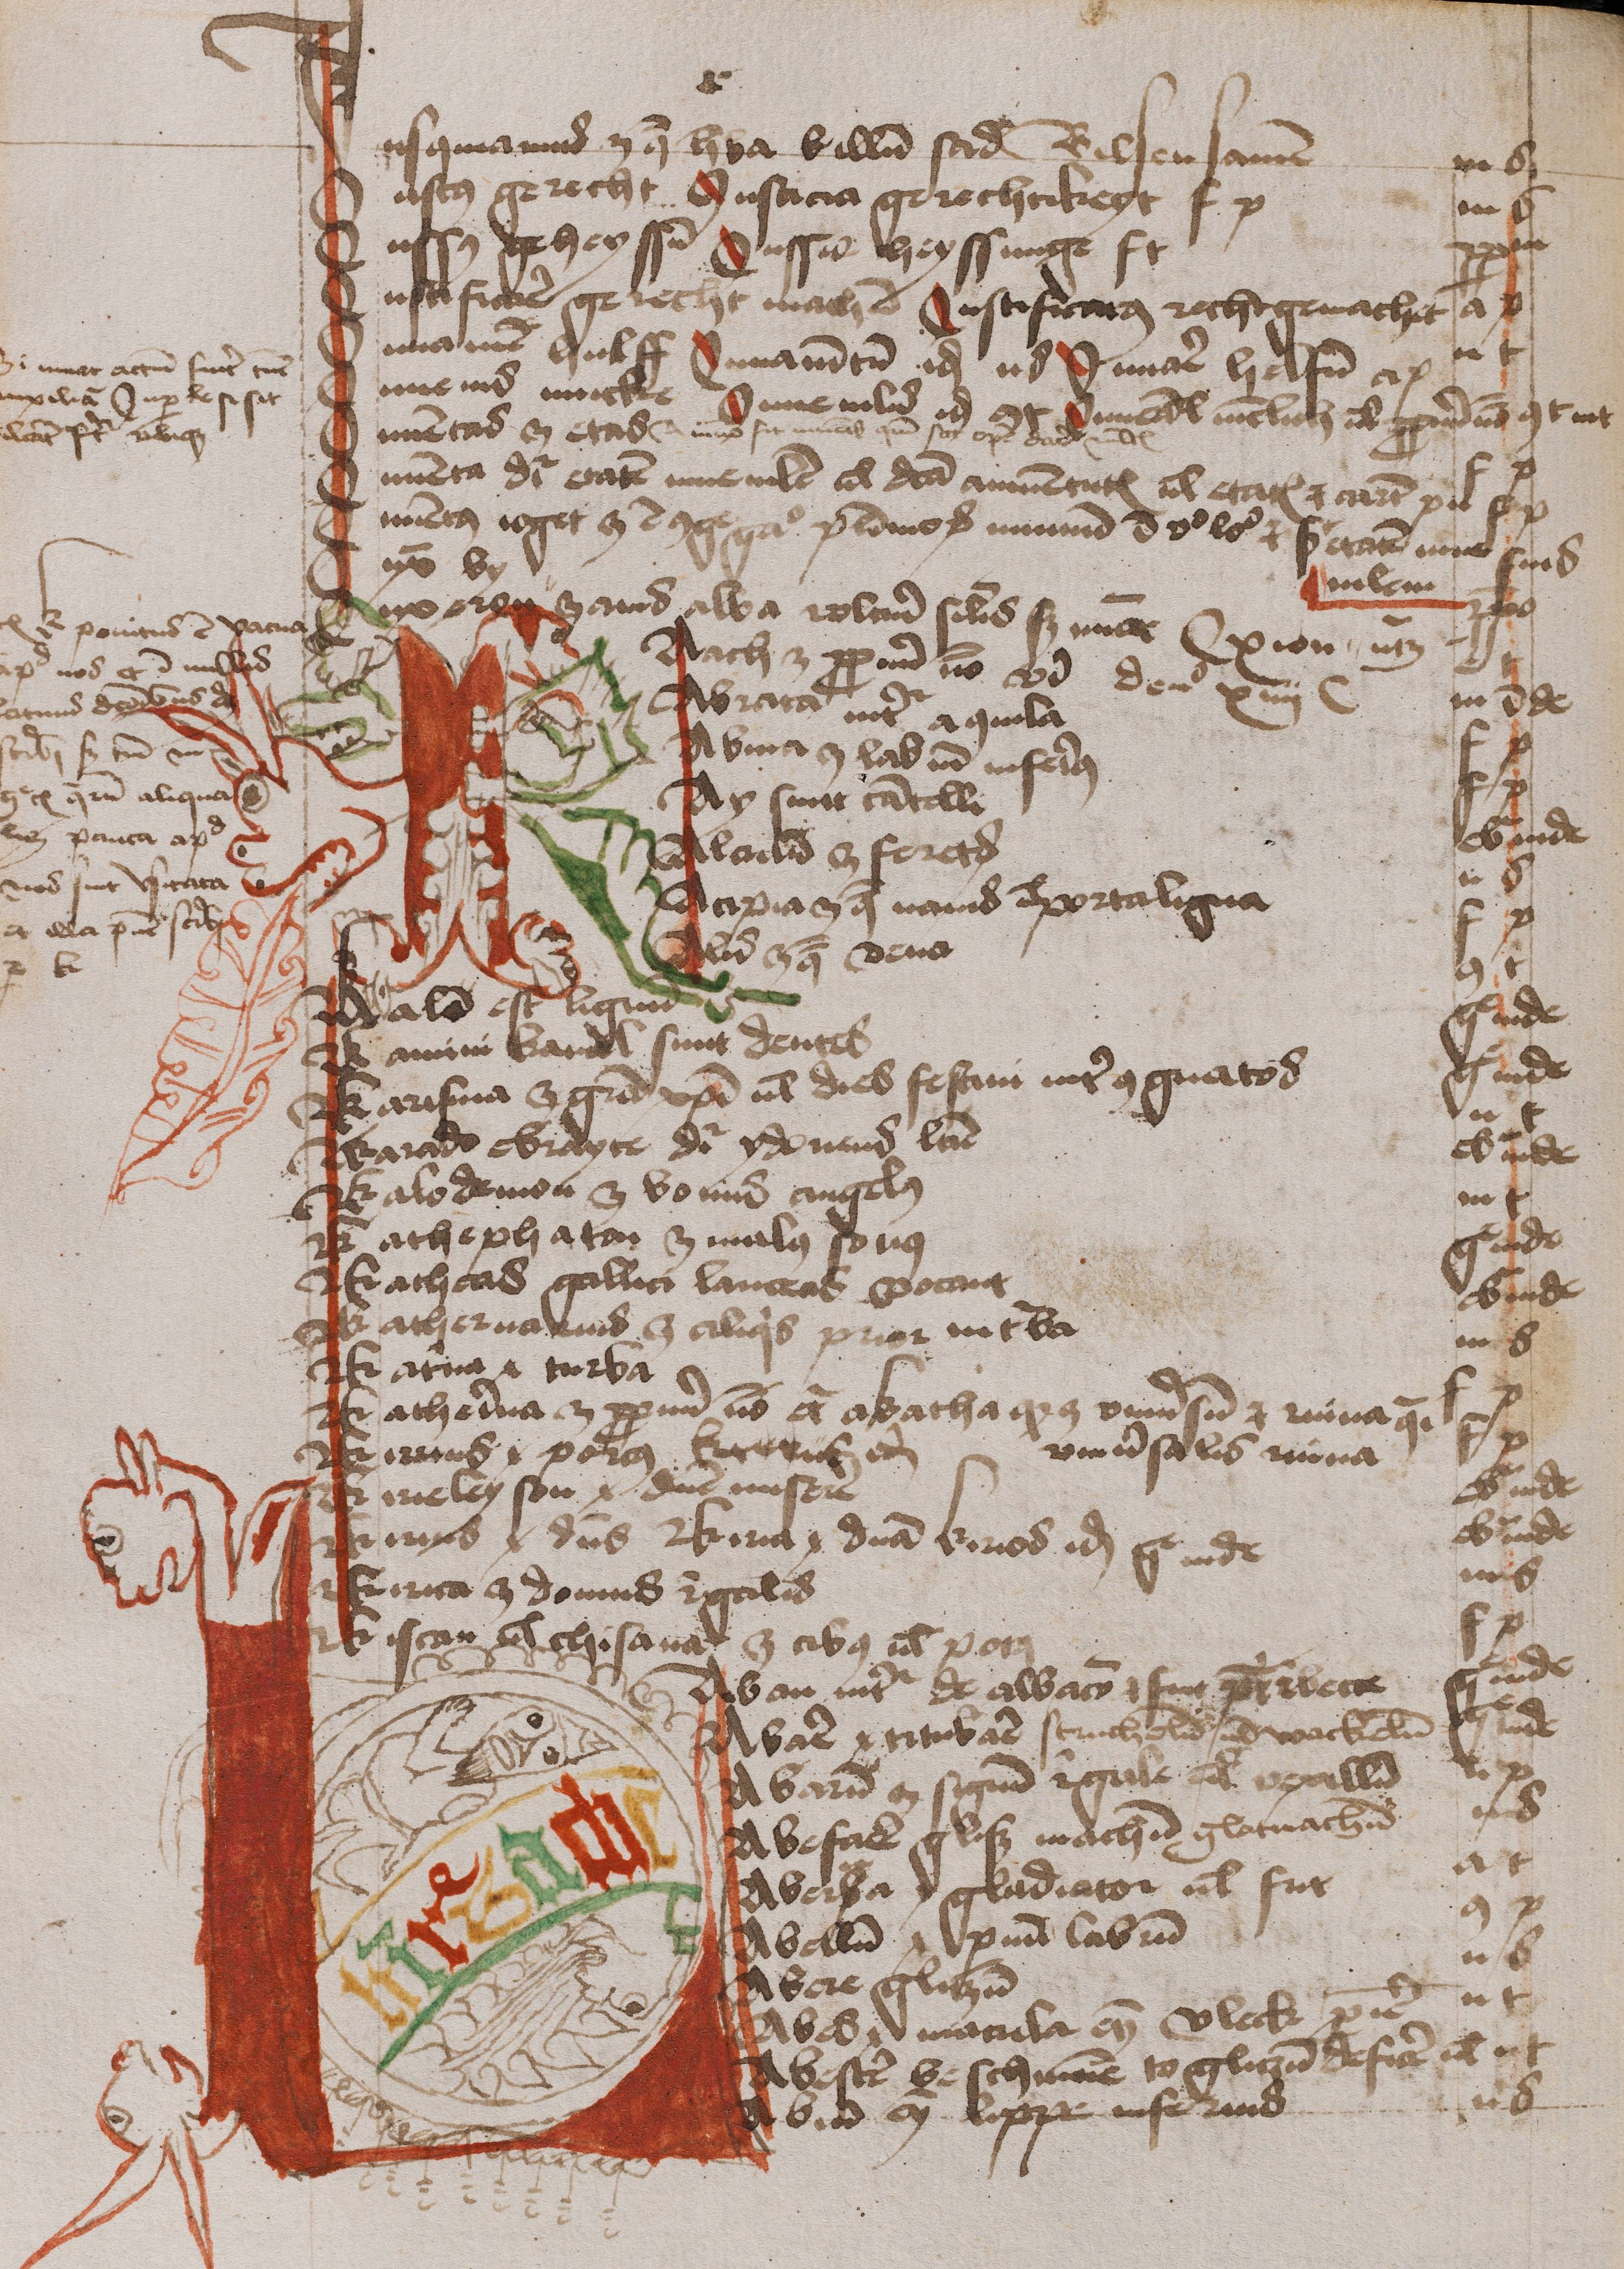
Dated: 1474–1474